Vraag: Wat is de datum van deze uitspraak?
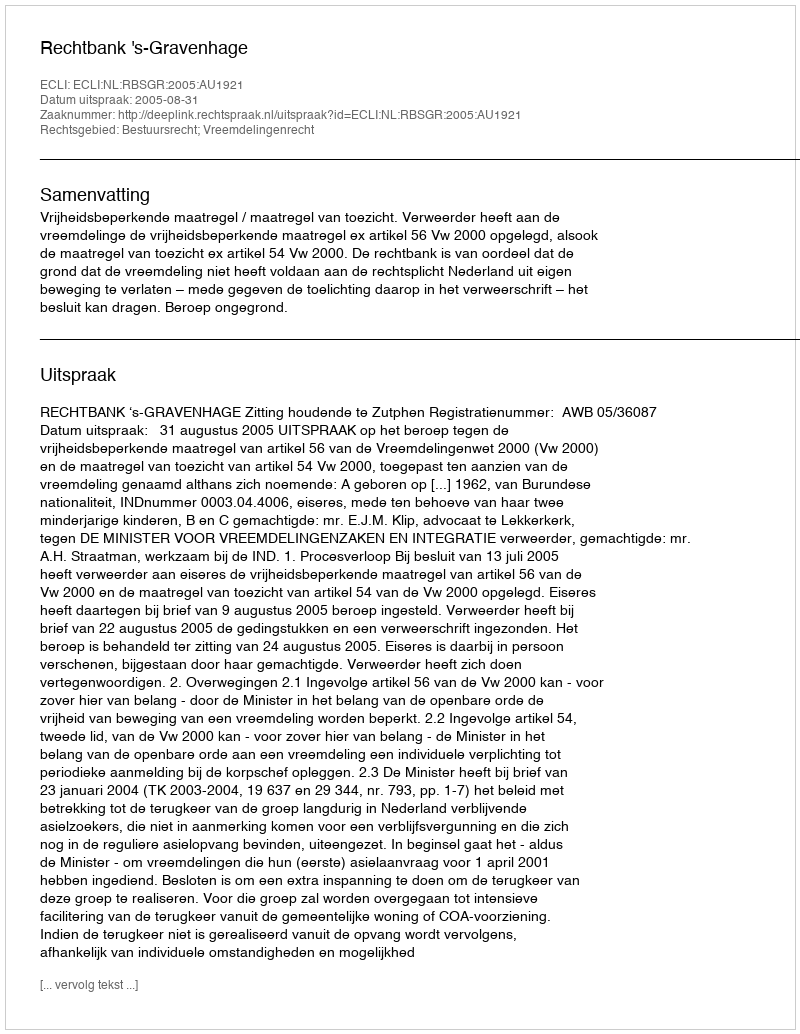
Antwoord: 2005-08-31